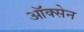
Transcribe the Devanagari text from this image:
ऑक्सेन